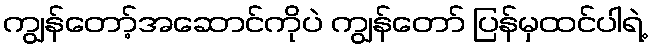
ကျွန်တော့်အဆောင်ကိုပဲ ကျွန်တော် ပြန်မှထင်ပါရဲ့